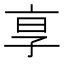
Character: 𬽊